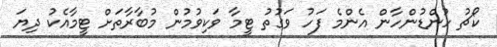
ކޯޗު ހުންޑުންހާން އެންމެ ފަހު ވަގުތު ޓީމާ ވަކިވުމުން މުބާރާތަށް ޓީމާއެކު ދިޔަ